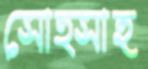
সোত্সাহ